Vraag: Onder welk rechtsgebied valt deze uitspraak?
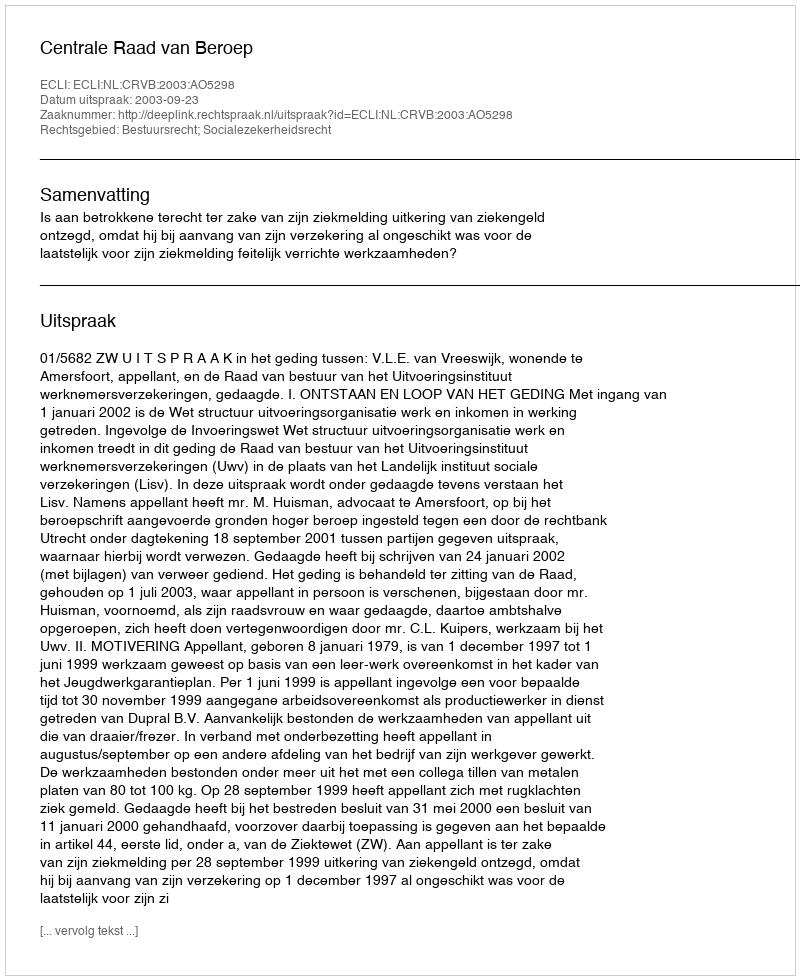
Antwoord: Bestuursrecht; Socialezekerheidsrecht